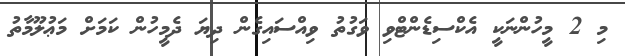
މި 2 މީހުންނަކީ އެކްސިޑެންޓްވި ވަގުތު ވިއްސައިގެން ދިޔަ ދެމީހުން ކަމަށް މަޢުލޫމާތު